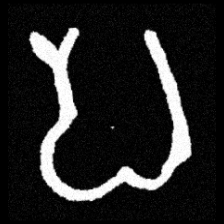
Pyu character \u2014 Myanmar letter: ပ (romanized: pa)